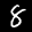
Label: 8